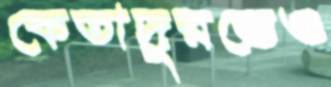
কেতাদুরস্তেও